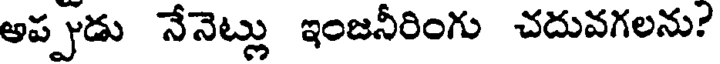
అప్పుడు నేనెట్లు ఇంజనీరింగు చదువగలను?